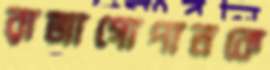
রাজাগোপালকে